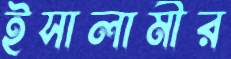
ইসালামীর